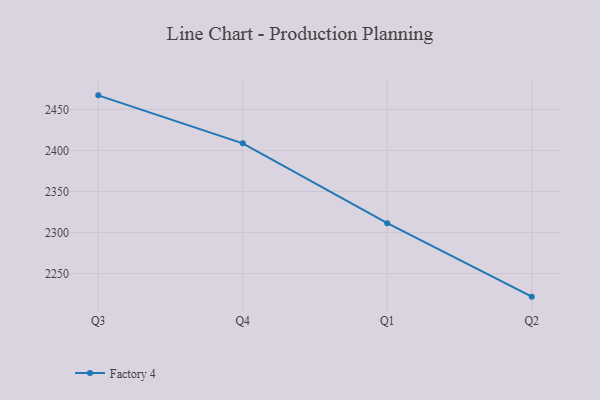
{"axis": {"x": "Quarter", "y": "Satisfaction Score"}, "legend": ["Factory 4"], "data": [{"x": "Q3", "y": 2467.2, "type": "Factory 4"}, {"x": "Q4", "y": 2408.7, "type": "Factory 4"}, {"x": "Q1", "y": 2311.4, "type": "Factory 4"}, {"x": "Q2", "y": 2221.8, "type": "Factory 4"}]}